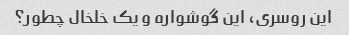
این روسری، این گوشواره و یک خلخال چطور؟